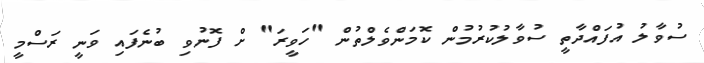
ސުވާލު އުފައްދާތީ ސުވާލުކުރުމުން ކޮމަންވެލްތުން "ހަވީރަ" ށް ފޮނުވި ބުނެފައި ވަނީ ރަސްމީ